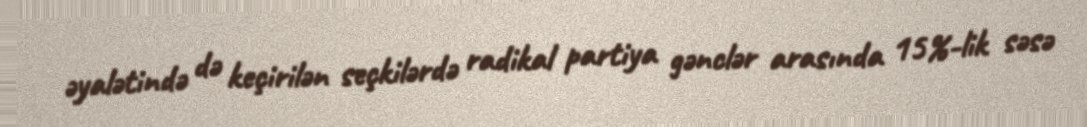
əyalətində də keçirilən seçkilərdə radikal partiya gənclər arasında 15%-lik səsə